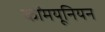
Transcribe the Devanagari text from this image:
कॉमयूनियन